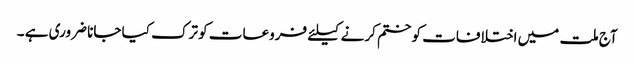
آج ملت میں اختلافات کو ختم کرنے کیلئے فروعات کو ترک کیا جانا ضروری ہے ۔